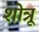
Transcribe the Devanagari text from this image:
शोत्रू